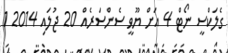
ގެލަކްސީ ނޯޓް 4 އަށް ޔޫވީ ސެންސަރެއް 20 ޖުލައި 2014 1